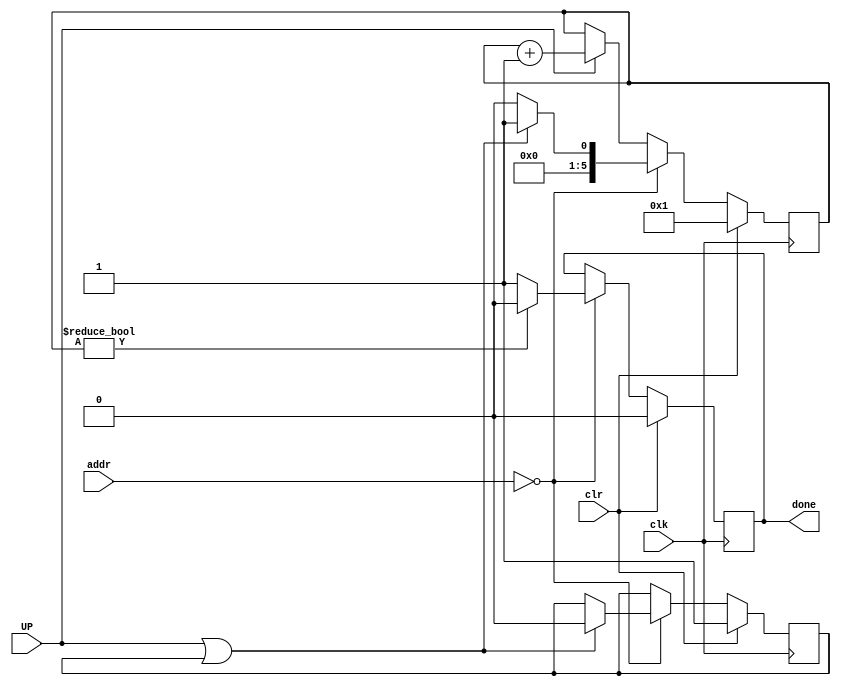
// early stopping 
// UP=up1| up2|up3|up4;

module early_stop( UP, clk, clr, addr, done ); 
	input UP, clk, clr;
	input [4:0] addr ;
	output reg done = 0;	
	
	reg [5:0] count = 6'b000001;
	reg initial_latency = 1;
	
	always@(posedge clk) begin
	if ( clr ) begin
		done = 0;
		count = 1;
		initial_latency = 1;
	end
	
	else if ( addr == 5'b00000 ) begin
		if ( count != 0 )
			done = 0;
		else
			done = 1;
		
		if ( UP || initial_latency ) begin 
			count = 1;
			initial_latency = 0;
			end 				
		else 
		    count = 0;
	end
	else if ( UP )
		count = count + 6'b000001;		
	end
endmodule